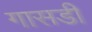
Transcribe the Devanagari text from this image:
गासडी